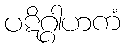
ပဋိဂ္ဂါဟကံ